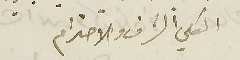
الكلي الشرف والاحترام